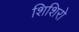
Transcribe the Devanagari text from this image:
शिशिरो